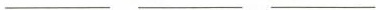
___ ___ ___